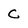
Character: C